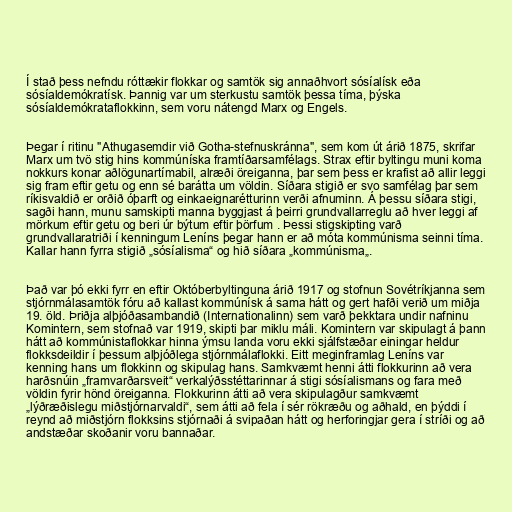
Í stað þess nefndu róttækir flokkar og samtök sig annaðhvort sósíalísk eða
sósíaldemókratísk. Þannig var um sterkustu samtök þessa tíma, þýska
sósíaldemókrataflokkinn, sem voru nátengd Marx og Engels.

Þegar í ritinu "Athugasemdir við Gotha-stefnuskránna", sem kom út árið 1875, skrifar
Marx um tvö stig hins kommúníska framtíðarsamfélags. Strax eftir byltingu muni koma
nokkurs konar aðlögunartímabil, alræði öreiganna, þar sem þess er krafist að allir leggi
sig fram eftir getu og enn sé barátta um völdin. Síðara stigið er svo samfélag þar sem
ríkisvaldið er orðið óþarft og einkaeignarétturinn verði afnuminn. Á þessu síðara stigi,
sagði hann, munu samskipti manna byggjast á þeirri grundvallarreglu að hver leggi af
mörkum eftir getu og beri úr býtum eftir þörfum . Þessi stigskipting varð
grundvallaratriði í kenningum Leníns þegar hann er að móta kommúnisma seinni tíma.
Kallar hann fyrra stigið „sósíalisma“ og hið síðara „kommúnisma„.

Það var þó ekki fyrr en eftir Októberbyltinguna árið 1917 og stofnun Sovétríkjanna sem
stjórnmálasamtök fóru að kallast kommúnísk á sama hátt og gert hafði verið um miðja
19. öld. Þriðja alþjóðasambandið (Internationalinn) sem varð þekktara undir nafninu
Komintern, sem stofnað var 1919, skipti þar miklu máli. Komintern var skipulagt á þann
hátt að kommúnistaflokkar hinna ýmsu landa voru ekki sjálfstæðar einingar heldur
flokksdeildir í þessum alþjóðlega stjórnmálaflokki. Eitt meginframlag Leníns var
kenning hans um flokkinn og skipulag hans. Samkvæmt henni átti flokkurinn að vera
harðsnúin „framvarðarsveit“ verkalýðsstéttarinnar á stigi sósíalismans og fara með
völdin fyrir hönd öreiganna. Flokkurinn átti að vera skipulagður samkvæmt
„lýðræðislegu miðstjórnarvaldi“, sem átti að fela í sér rökræðu og aðhald, en þýddi í
reynd að miðstjórn flokksins stjórnaði á svipaðan hátt og herforingjar gera í stríði og að
andstæðar skoðanir voru bannaðar.